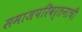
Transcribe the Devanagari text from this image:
समाजपरिवर्तनाची